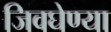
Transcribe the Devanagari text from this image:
जिवघेण्या